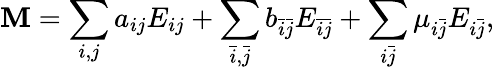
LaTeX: \mathbf{M}=\sum_{i,j}a_{ij}E_{ij}+\sum_{\bar{{i}},\bar{{j}}}b_{\bar{{i}}\bar{{j}}}E_{\bar{{i}}\bar{{j}}}+\sum_{i\bar{{j}}}\mu_{i\bar{{j}}}E_{i\bar{{j}}},